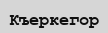
Къеркегор